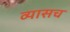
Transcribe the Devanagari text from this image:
व्यासच